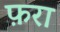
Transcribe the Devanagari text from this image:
फ़रा